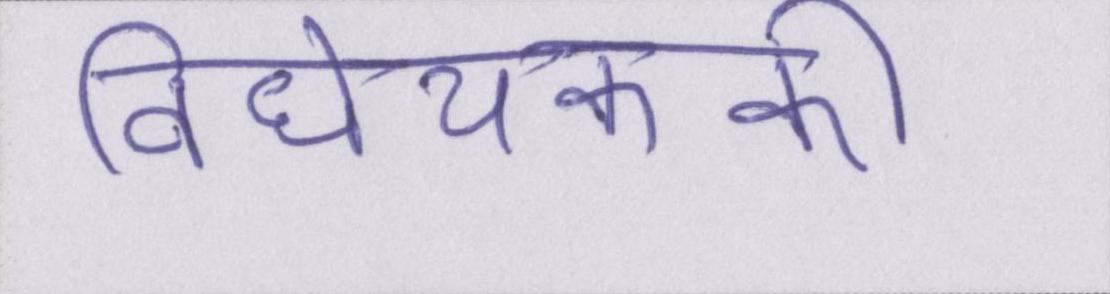
विधेयककी